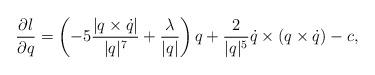
LaTeX: \begin{align*} \frac{\partial l}{\partial q} = \left( -5\frac{|q\times\dot{q}|}{|q|^7} + \frac{\lambda}{|q|}\right) q +\frac{2}{|q|^5}\dot{q}\times(q\times\dot{q}) - c,\end{align*}